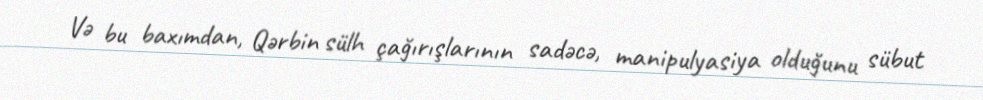
Və bu baxımdan, Qərbin sülh çağırışlarının sadəcə, manipulyasiya olduğunu sübut